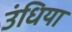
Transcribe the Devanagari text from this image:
उंधिया